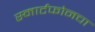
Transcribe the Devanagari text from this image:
स्मार्टफोनचा